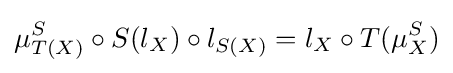
\mu _{T(X)}^{S}\circ S(l_{X})\circ l_{S(X)}=l_{X}\circ T(\mu _{X}^{S})